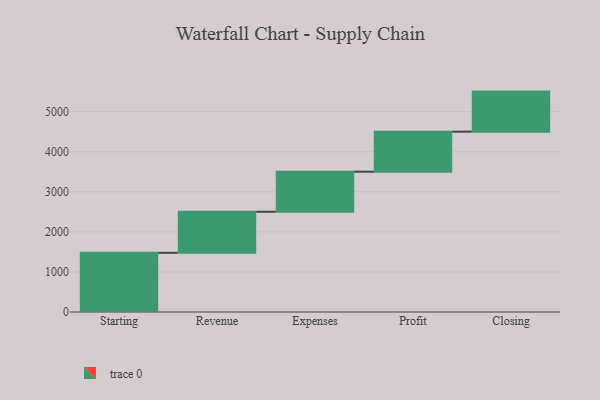
{"axis": {"x": "Step", "y": "Value"}, "legend": [""], "data": [{"x": "Starting", "y": 1478.0, "type": ""}, {"x": "Revenue", "y": 1025.0, "type": ""}, {"x": "Expenses", "y": 1000, "type": ""}, {"x": "Profit", "y": 1000, "type": ""}, {"x": "Closing", "y": 1000, "type": ""}]}